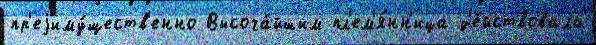
пр'еjиму́ществ'енно Высоча́йшим пл'ем'я́нн'ица д'е́йствовала